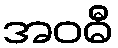
အဝဓီ